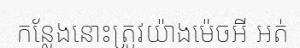
កន្លែងនោះត្រូវយ៉ាងម៉េចអី អត់